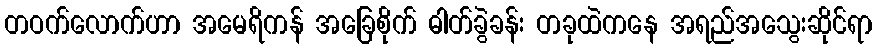
တဝက်လောက်ဟာ အမေရိကန် အခြေစိုက် ဓါတ်ခွဲခန်း တခုထဲကနေ အရည်အသွေးဆိုင်ရာ